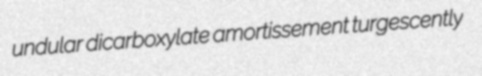
undular dicarboxylate amortissement turgescently